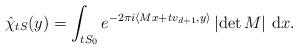
LaTeX: \begin{align*}\hat{\chi}_{tS} (y) = \int_{tS_0} e^{- 2 \pi i \langle Mx+ t v_{d+1},y \rangle} \left| \det M \right| \, \mathrm{d}x .\end{align*}